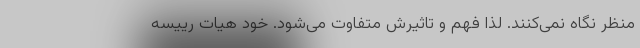
منظر نگاه نمی‌کنند. لذا فهم و تاثیرش متفاوت می‌شود. خود هیات رییسه